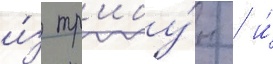
и́з тр'ибу́н / и́